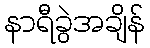
နာရီခွဲအချိန်